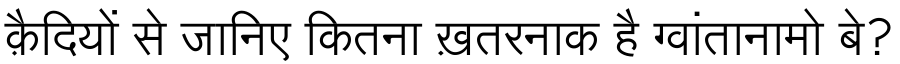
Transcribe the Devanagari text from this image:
क़ैदियों से जानिए कितना ख़तरनाक है ग्वांतानामो बे?